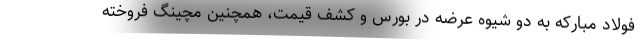
فولاد مبارکه به دو شیوه عرضه در بورس و کشف قیمت، همچنین مچینگ فروخته